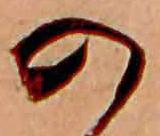
の